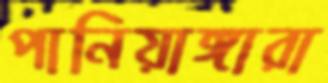
পানিয়াঙ্গারা